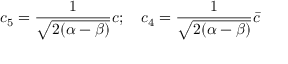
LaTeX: c _ { 5 } = \frac { 1 } { \sqrt { 2 ( \alpha - \beta ) } } c ; \ \ \ c _ { 4 } = \frac { 1 } { \sqrt { 2 ( \alpha - \beta ) } } \bar { c }